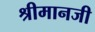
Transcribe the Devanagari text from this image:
श्रीमानजी